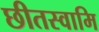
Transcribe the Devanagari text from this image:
छीतस्वामि